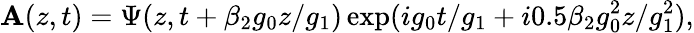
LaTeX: \mathbf{A}(z,t)=\Psi(z,t+\beta_{2}g_{0}z/g_{1})\exp(ig_{0}t/g_{1}+i0.5\beta_{2}g_{0}^{2}z/g_{1}^{2}),